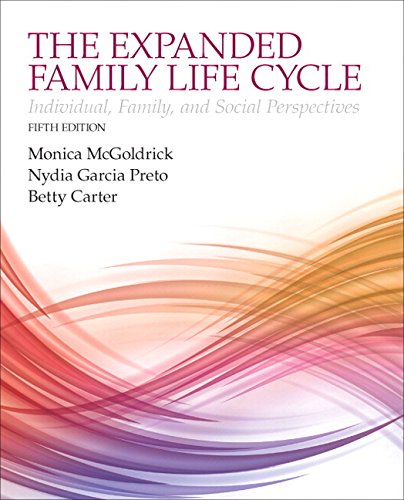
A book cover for The Expanding Family Life Cycle: Individual, Family, and Social Perspectives with Enhanced Pearson eText -- Access Card Package (5th Edition); Monica McGoldrick; Politics & Social Sciences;